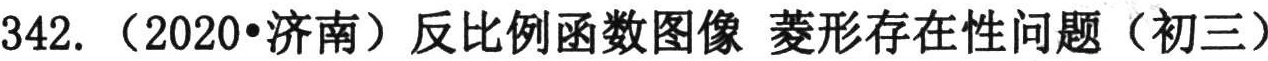
342.（2020•济南）反比例函数图像 菱形存在性问题（初三）